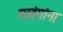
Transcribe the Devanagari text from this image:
मातंगांना